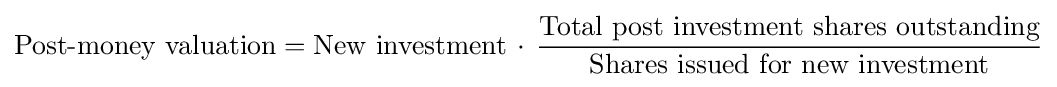
{\text{Post-money valuation}}={\text{New investment}}\,\cdot \,{\frac {\text{Total post investment shares outstanding}}{\text{Shares issued for new investment}}}